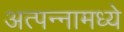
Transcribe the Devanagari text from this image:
अत्‍पन्‍नामध्‍ये